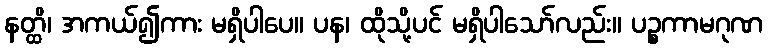
နတ္ထိ၊ အကယ်၍ကား မရှိပါပေ။ ပန၊ ထိုသို့ပင် မရှိပါသော်လည်း။ ပဉ္စကာမဂုဏ